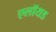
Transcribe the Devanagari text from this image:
एलॉयड